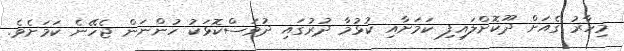
މިހާރު ގެއަށް ދޫކޮށްލައިފި ކަމަށާއި ކުޅުމާ ދުރުގައި ދުވަސްކޮޅަކު ހުންނަން ޖެހޭނެ ކަމަށެވެ.